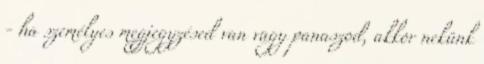
- ha személyes megjegyzésed van vagy panaszod, akkor nekünk